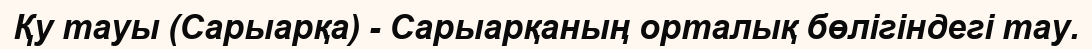
Қу тауы (Сарыарқа) - Сарыарқаның орталық бөлігіндегі тау.